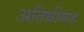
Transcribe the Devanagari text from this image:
अतिथीगाह